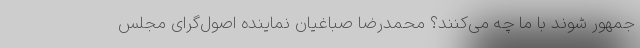
جمهور شوند با ما چه می‌کنند؟ محمدرضا صباغیان نماینده اصول‌گرای مجلس